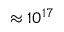
\approx 1 0 ^ { 1 7 }